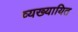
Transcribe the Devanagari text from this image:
व्यख्यायित